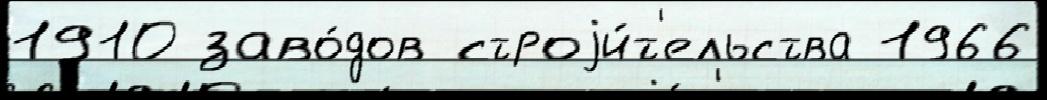
1910 заво́дов строjи́т'ельства 1966